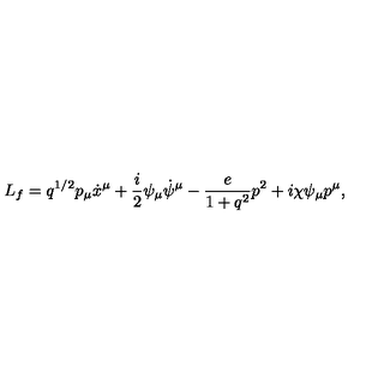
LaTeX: L _ { f } = q ^ { 1 / 2 } p _ { \mu } \dot { x } ^ { \mu } + \frac { i } { 2 } \psi _ { \mu } \dot { \psi } ^ { \mu } - \frac { e } { 1 + q ^ { 2 } } p ^ { 2 } + i \chi \psi _ { \mu } p ^ { \mu } ,